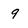
Character: 9